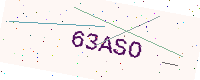
Text: 63ASO